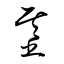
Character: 基